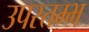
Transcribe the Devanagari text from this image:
उपस्तम्भ